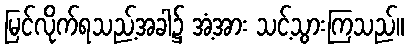
မြင်လိုက်ရသည့်အခါ၌ အံ့အား သင့်သွားကြသည်။